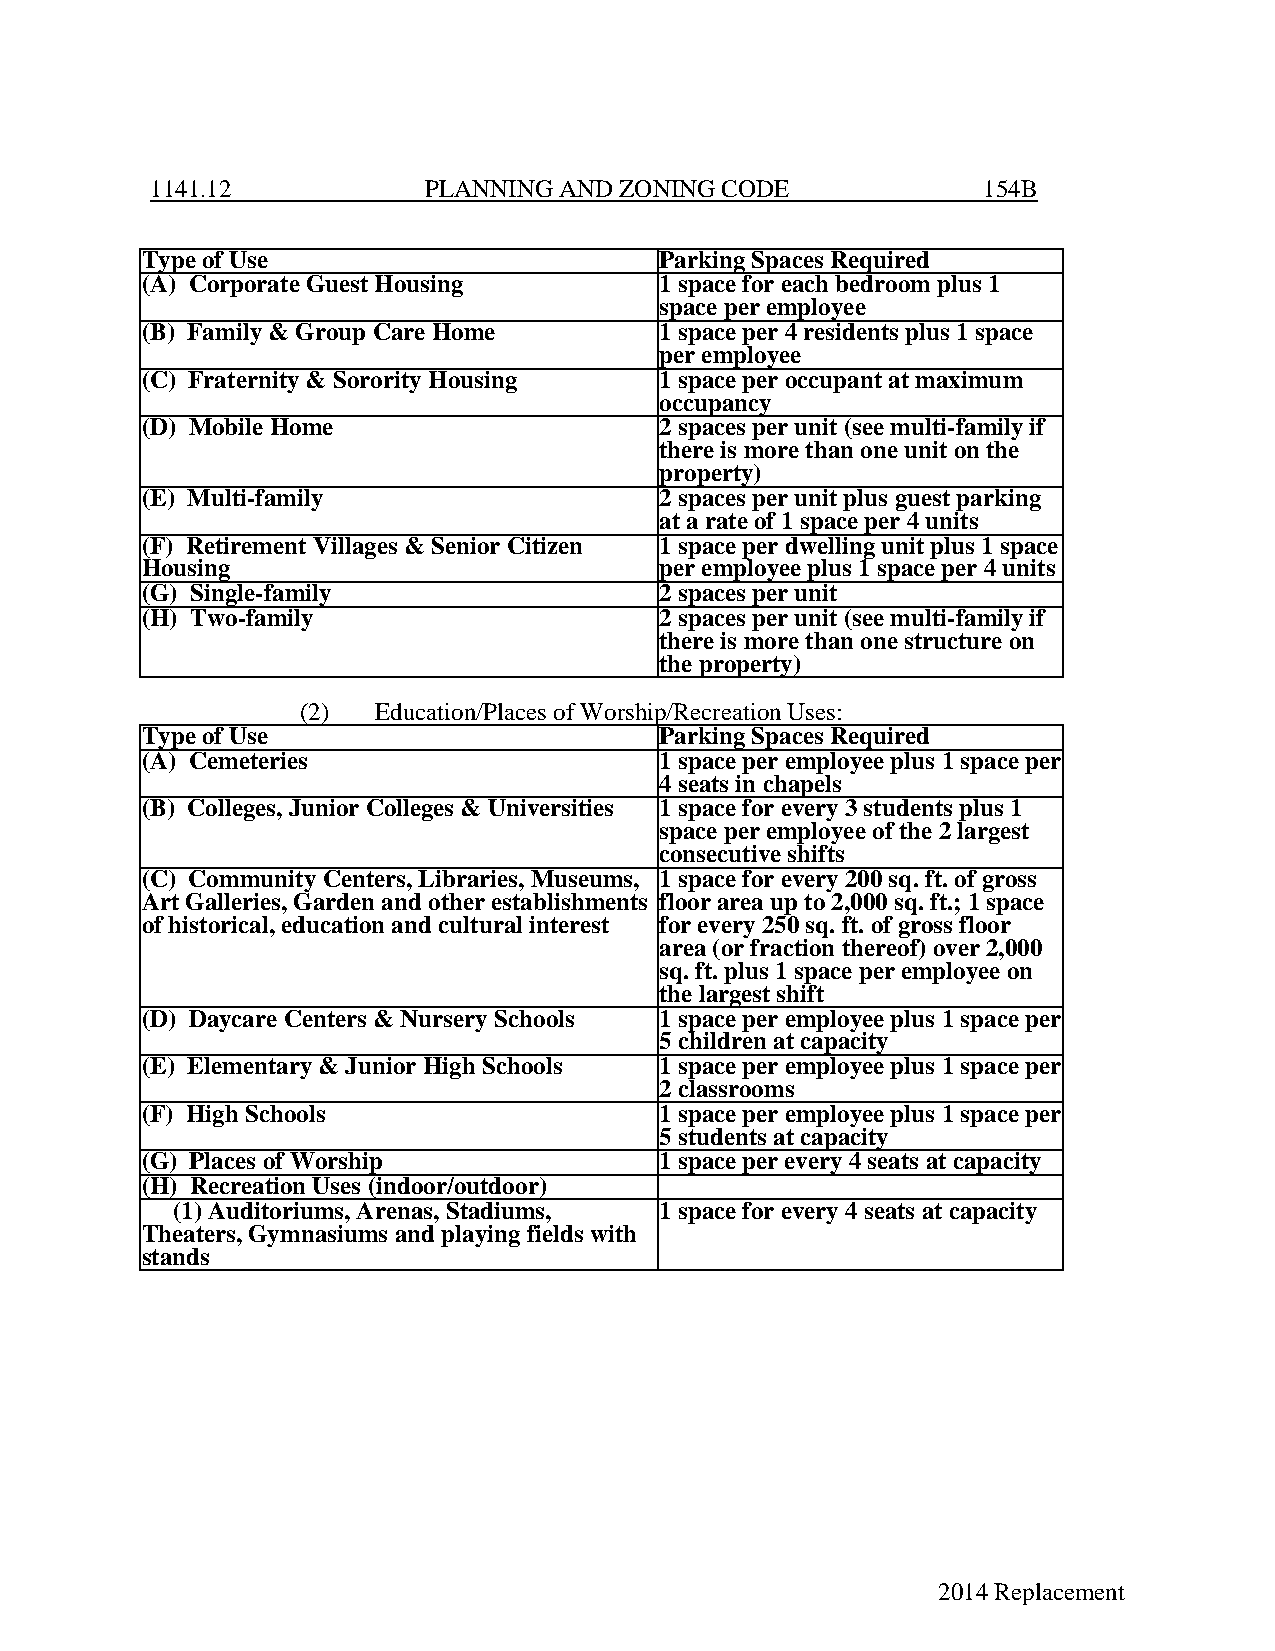
1141.12           PLANNING AND ZONING CODE             154B
 Type of Use                        Parking Spaces Required
 (A) Corporate Guest Housing        1 space for each bedroom plus 1
 space per employee
 (B) Family & Group Care Home       1 space per 4 residents plus 1 space
 per employee
 (C) Fraternity & Sorority Housing  1 space per occupant at maximum
 occupancy
 (D) Mobile Home                    2 spaces per unit (see multi-family if
 there is more than one unit on the
 property)
 (E) Multi-family                   2 spaces per unit plus guest parking
 at a rate of 1 space per 4 units
 (F) Retirement Villages & Senior Citizen 1 space per dwelling unit plus 1 space
 Housing                            per employee plus 1 space per 4 units
 (G) Single-family                  2 spaces per unit
 (H) Two-family                     2 spaces per unit (see multi-family if
 there is more than one structure on
 the property)
 (2)  Education/Places of Worship/Recreation Uses:
 Type of Use                        Parking Spaces Required
 (A) Cemeteries                     1 space per employee plus 1 space per
 4 seats in chapels
 (B) Colleges, Junior Colleges & Universities 1 space for every 3 students plus 1
 space per employee of the 2 largest
 consecutive shifts
 (C) Community Centers, Libraries, Museums, 1 space for every 200 sq. ft. of gross
 Art Galleries, Garden and other establishments floor area up to 2,000 sq. ft.; 1 space
 of historical, education and cultural interest for every 250 sq. ft. of gross floor
 area (or fraction thereof) over 2,000
 sq. ft. plus 1 space per employee on
 the largest shift
 (D) Daycare Centers & Nursery Schools 1 space per employee plus 1 space per
 5 children at capacity
 (E) Elementary & Junior High Schools 1 space per employee plus 1 space per
 2 classrooms
 (F) High Schools                   1 space per employee plus 1 space per
 5 students at capacity
 (G) Places of Worship              1 space per every 4 seats at capacity
 (H) Recreation Uses (indoor/outdoor)
 (1) Auditoriums, Arenas, Stadiums, 1 space for every 4 seats at capacity
 Theaters, Gymnasiums and playing fields with
 stands
 2014 Replacement